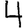
Digit: 4